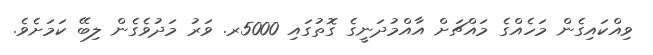
ވިއްކައިގެން މަހެއްގެ މައްޗަށް އާއްމުދަނީގެ ގޮތުގައި 5000ރ. ވަރު މަދުވެގެން ލިބޭ ކަމަށެވެ.